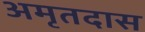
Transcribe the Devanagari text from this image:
अमृतदास